38_143685_box_Incident_Summaries_101-172
Agency: Department of War
Page 133
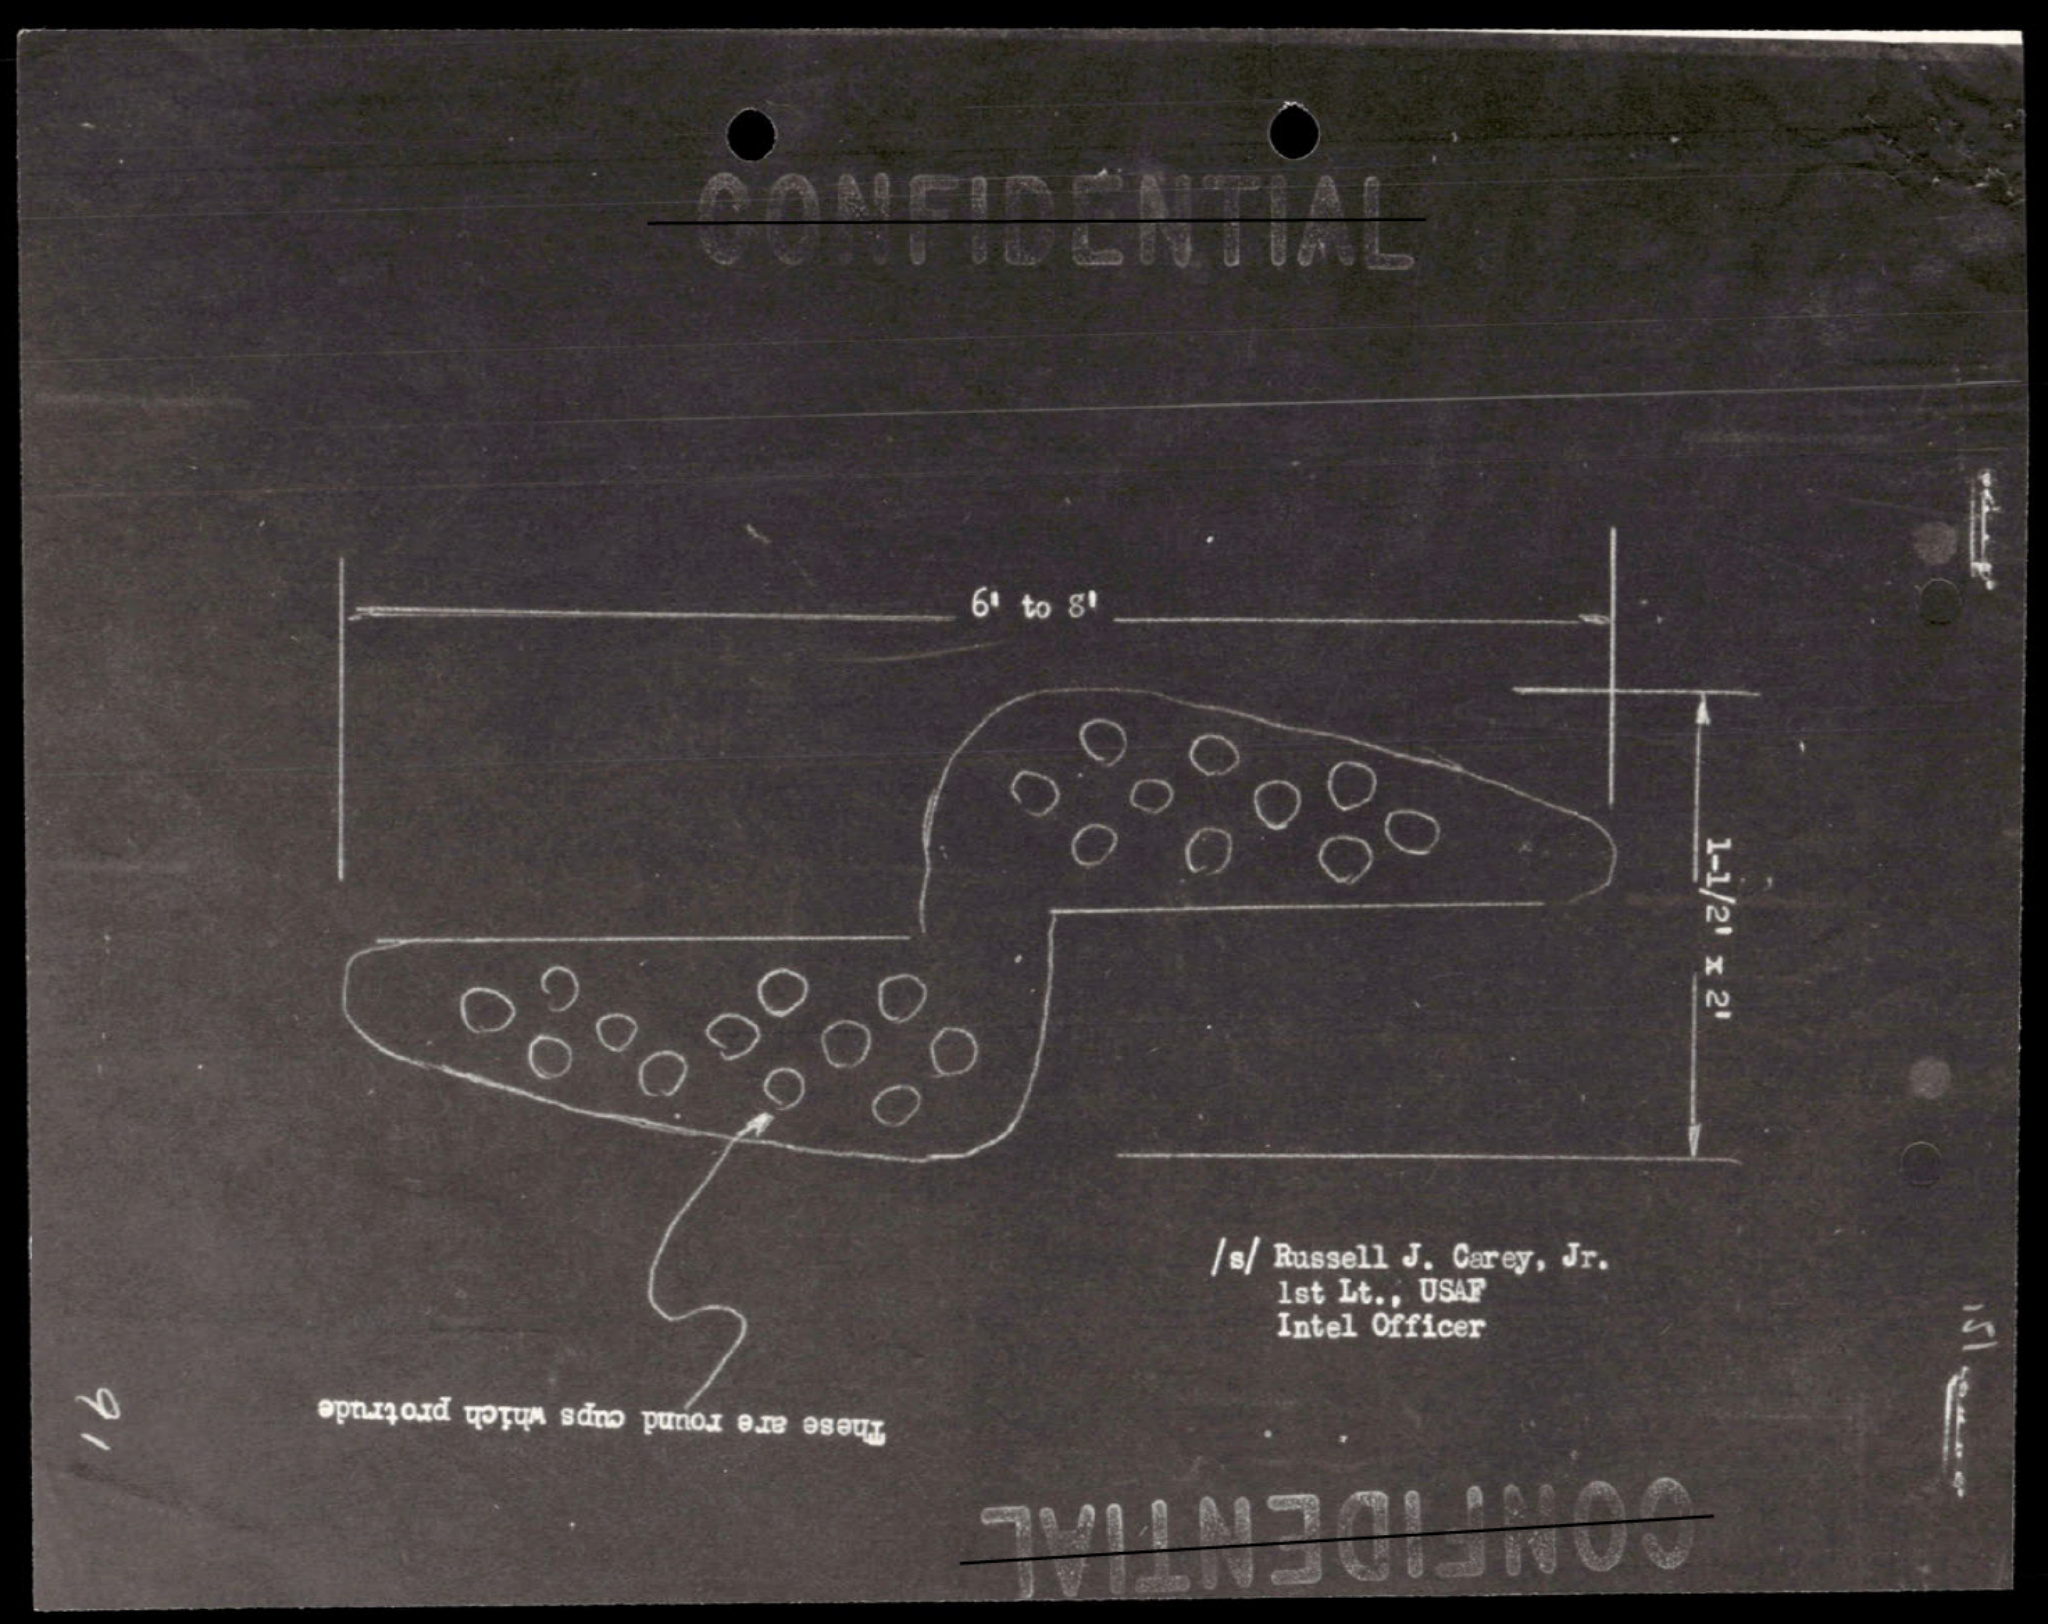